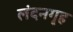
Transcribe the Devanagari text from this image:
लंदनगृह